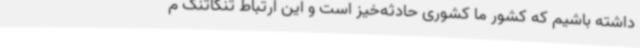
داشته باشیم که کشور ما کشوری حادثه‌خیز است و این ارتباط تنگاتنگ م